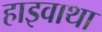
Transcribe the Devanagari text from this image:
हाइवाथा